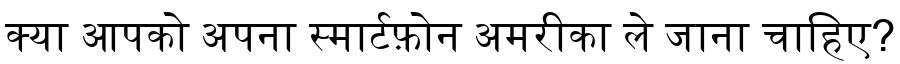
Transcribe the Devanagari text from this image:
क्या आपको अपना स्मार्टफ़ोन अमरीका ले जाना चाहिए?